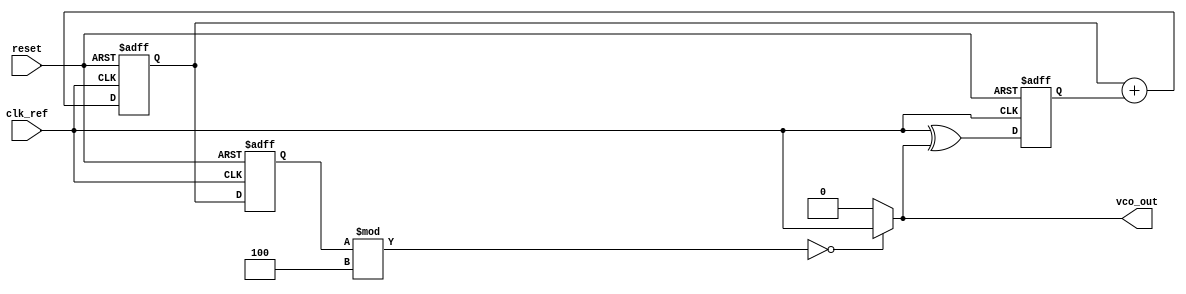
module SigmaDeltaPLL (
    input wire clk_ref,           // Reference clock input
    input wire reset,             // Active high reset
    output wire vco_out           // Output of the VCO
);
    // Parameters
    parameter N = 4;              // Output divider value
    parameter SigmaDeltaOrder = 2; // Order of the Sigma-Delta modulator

    // Phase Detector (PD) - Simple XOR based phase detector
    reg phase_error;
    always @(posedge clk_ref or posedge reset) begin
        if (reset) 
            phase_error <= 0;
        else 
            phase_error <= clk_ref ^ vco_out; // Simple phase difference
    end

    // Loop Filter - Simple first-order integrator
    reg [7:0] control_voltage;
    always @(posedge clk_ref or posedge reset) begin
        if (reset) 
            control_voltage <= 8'd0;
        else 
            control_voltage <= control_voltage + phase_error; // Integrate phase error
    end

    // Sigma-Delta Modulator
    reg [SigmaDeltaOrder-1:0] sigma_delta_reg;
    reg sigma_delta_out;
    always @(posedge clk_ref or posedge reset) begin
        if (reset) 
            sigma_delta_reg <= 0;
        else begin
            sigma_delta_reg <= {sigma_delta_reg[SigmaDeltaOrder-2:0], control_voltage[7]}; // Shift and quantize
            sigma_delta_out <= sigma_delta_reg[SigmaDeltaOrder-1]; // Output 1-bit stream
        end
    end

    // Voltage-Controlled Oscillator (VCO)
    reg [7:0] vco_freq;
    assign vco_out = (vco_freq % N == 0) ? clk_ref : 0; // Simple toggle based on frequency
    always @(posedge clk_ref or posedge reset) begin
        if (reset)
            vco_freq <= 0;
        else 
            vco_freq <= control_voltage; // Control voltage directly affects frequency
    end

endmodule